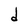
Character: d